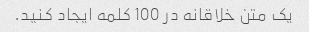
یک متن خلاقانه در 100 کلمه ایجاد کنید.